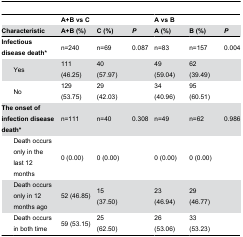
<table><thead><tr><td colspan="2">[EMPTY_CELL]</td><td colspan="3"><b>A+B vs C</b></td><td colspan="3"><b>A vs B</b></td></tr><tr><td colspan="2"><b>Characteristic</b></td><td><b>A+B (%)</b></td><td><b>C (%)</b></td><td><b><i>P</i></b></td><td><b>A (%)</b></td><td><b>B (%)</b></td><td><b><i>P</i></b></td></tr></thead><tbody><tr><td colspan="2"><b>Infectious disease death*</b></td><td>n=240</td><td>n=69</td><td>0.087</td><td>n=83</td><td>n=157</td><td>0.004</td></tr><tr><td>[EMPTY_CELL]</td><td>Yes</td><td>111 (46.25)</td><td>40 (57.97)</td><td>[EMPTY_CELL]</td><td>49 (59.04)</td><td>62 (39.49)</td><td>[EMPTY_CELL]</td></tr><tr><td>[EMPTY_CELL]</td><td>No</td><td>129 (53.75)</td><td>29 (42.03)</td><td>[EMPTY_CELL]</td><td>34 (40.96)</td><td>95 (60.51)</td><td>[EMPTY_CELL]</td></tr><tr><td colspan="2"><b>The onset of infection disease death*</b></td><td>n=111</td><td>n=40</td><td>0.308</td><td>n=49</td><td>n=62</td><td>0.986</td></tr><tr><td>[EMPTY_CELL]</td><td>Death occurs only in the last 12 months</td><td>0 (0.00)</td><td>0 (0.00)</td><td>[EMPTY_CELL]</td><td>0 (0.00)</td><td>0 (0.00)</td><td>[EMPTY_CELL]</td></tr><tr><td>[EMPTY_CELL]</td><td>Death occurs only in 12 months ago</td><td>52 (46.85)</td><td>15 (37.50)</td><td>[EMPTY_CELL]</td><td>23 (46.94)</td><td>29 (46.77)</td><td>[EMPTY_CELL]</td></tr><tr><td>[EMPTY_CELL]</td><td>Death occurs in both time</td><td>59 (53.15)</td><td>25 (62.50)</td><td>[EMPTY_CELL]</td><td>26 (53.06)</td><td>33 (53.23)</td><td>[EMPTY_CELL]</td></tr></tbody></table>